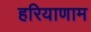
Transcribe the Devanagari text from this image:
हरियाणाम